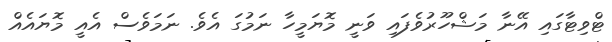
ޓްވިޓާގައި އޭނާ މަޝްހޫރުވެފައި ވަނީ މޮޔަމީހާ ނަމުގަ އެވެ. ނަމަވެސް އެއީ މޮޔައެއް